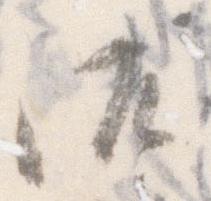
候